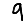
Digit: 9